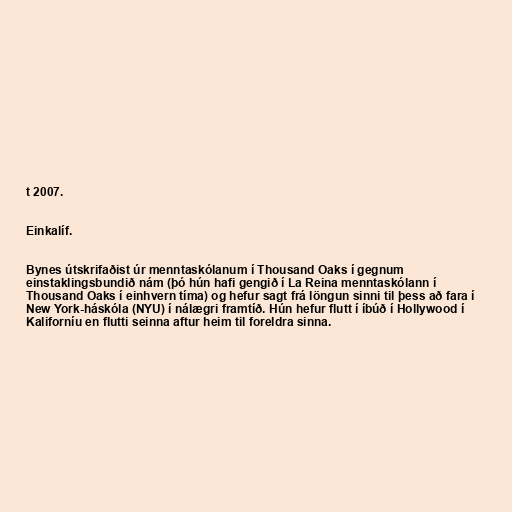
t 2007.

Einkalíf.

Bynes útskrifaðist úr menntaskólanum í Thousand Oaks í gegnum
einstaklingsbundið nám (þó hún hafi gengið í La Reina menntaskólann í
Thousand Oaks í einhvern tíma) og hefur sagt frá löngun sinni til þess að fara í
New York-háskóla (NYU) í nálægri framtíð. Hún hefur flutt í íbúð í Hollywood í
Kaliforníu en flutti seinna aftur heim til foreldra sinna.